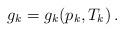
LaTeX: \begin{align*}g_k=g_k(p_k,T_k)\,.\end{align*}